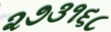
૨૭૩૧૬૮